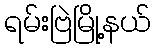
ရမ်းဗြဲမြို့နယ်